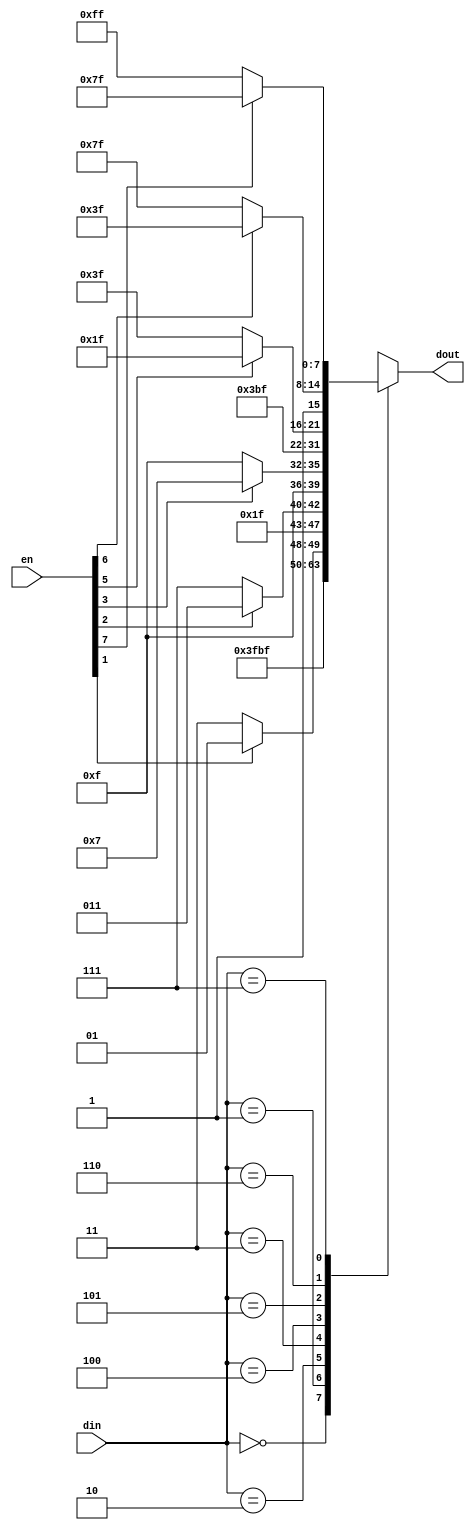
`timescale 1ns / 1ps

module Decoder_8(
    input [2:0] din,
    input [7:0]en,
    output reg [7:0] dout
    );
    initial dout = 4'b1110;
    always @(*)begin
        case(din)
        3'b000: dout = 8'b11111110;
        3'b001: if(en[1]) dout = 8'b11111101; else dout = 8'b11111111;
        3'b010: if(en[2]) dout = 8'b11111011; else dout = 8'b11111111;
        3'b011: if(en[3]) dout = 8'b11110111; else dout = 8'b11111111;
        3'b100: dout = 8'b11101111; 
        3'b101: if(en[5]) dout = 8'b11011111; else dout = 8'b11111111;
        3'b110: if(en[6]) dout = 8'b10111111; else dout = 8'b11111111;
        3'b111: if(en[7]) dout = 8'b01111111; else dout = 8'b11111111;
        endcase    
    end
endmodule